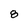
Character: 8